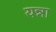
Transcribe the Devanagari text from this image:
यन्ना